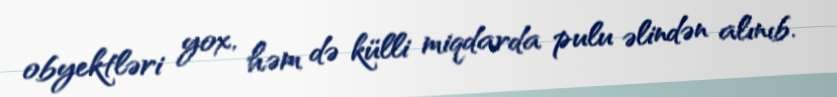
obyektləri yox, həm də külli miqdarda pulu əlindən alınıb.